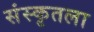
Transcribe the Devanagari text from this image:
संस्कृतला